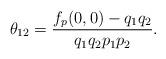
LaTeX: \begin{align*}\theta_{12}=\frac{f_p(0,0)-q_1q_2}{q_1q_2p_1p_2}.\end{align*}